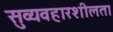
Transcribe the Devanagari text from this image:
सुव्यवहारशीलता